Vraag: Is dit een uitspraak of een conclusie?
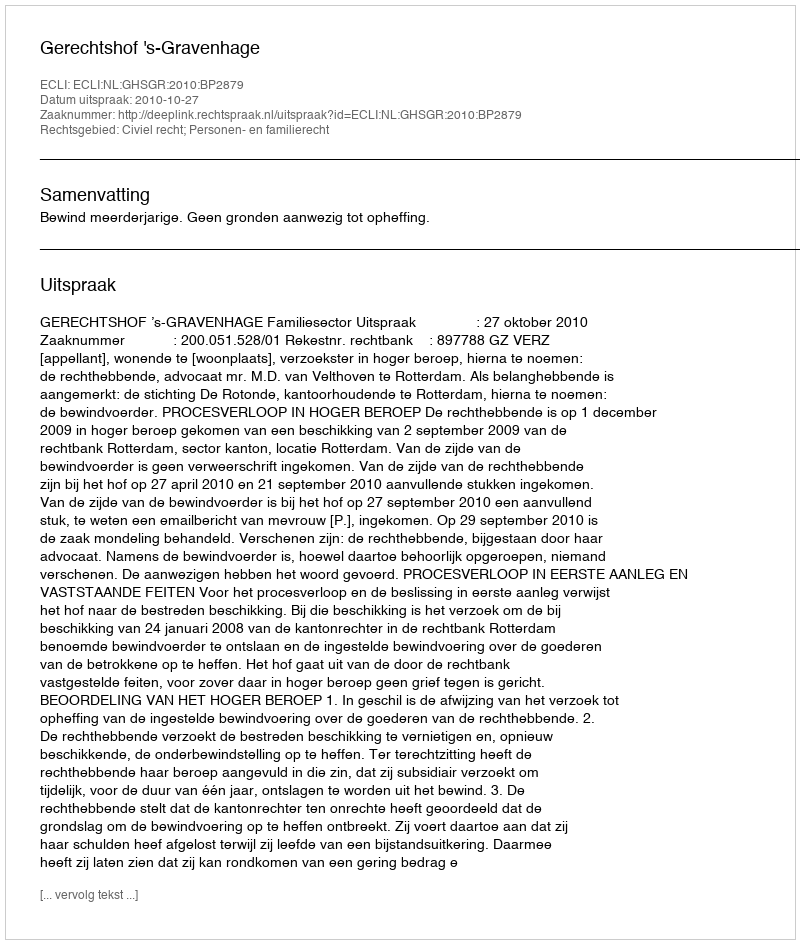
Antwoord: Uitspraak